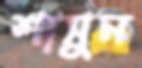
শাসুন